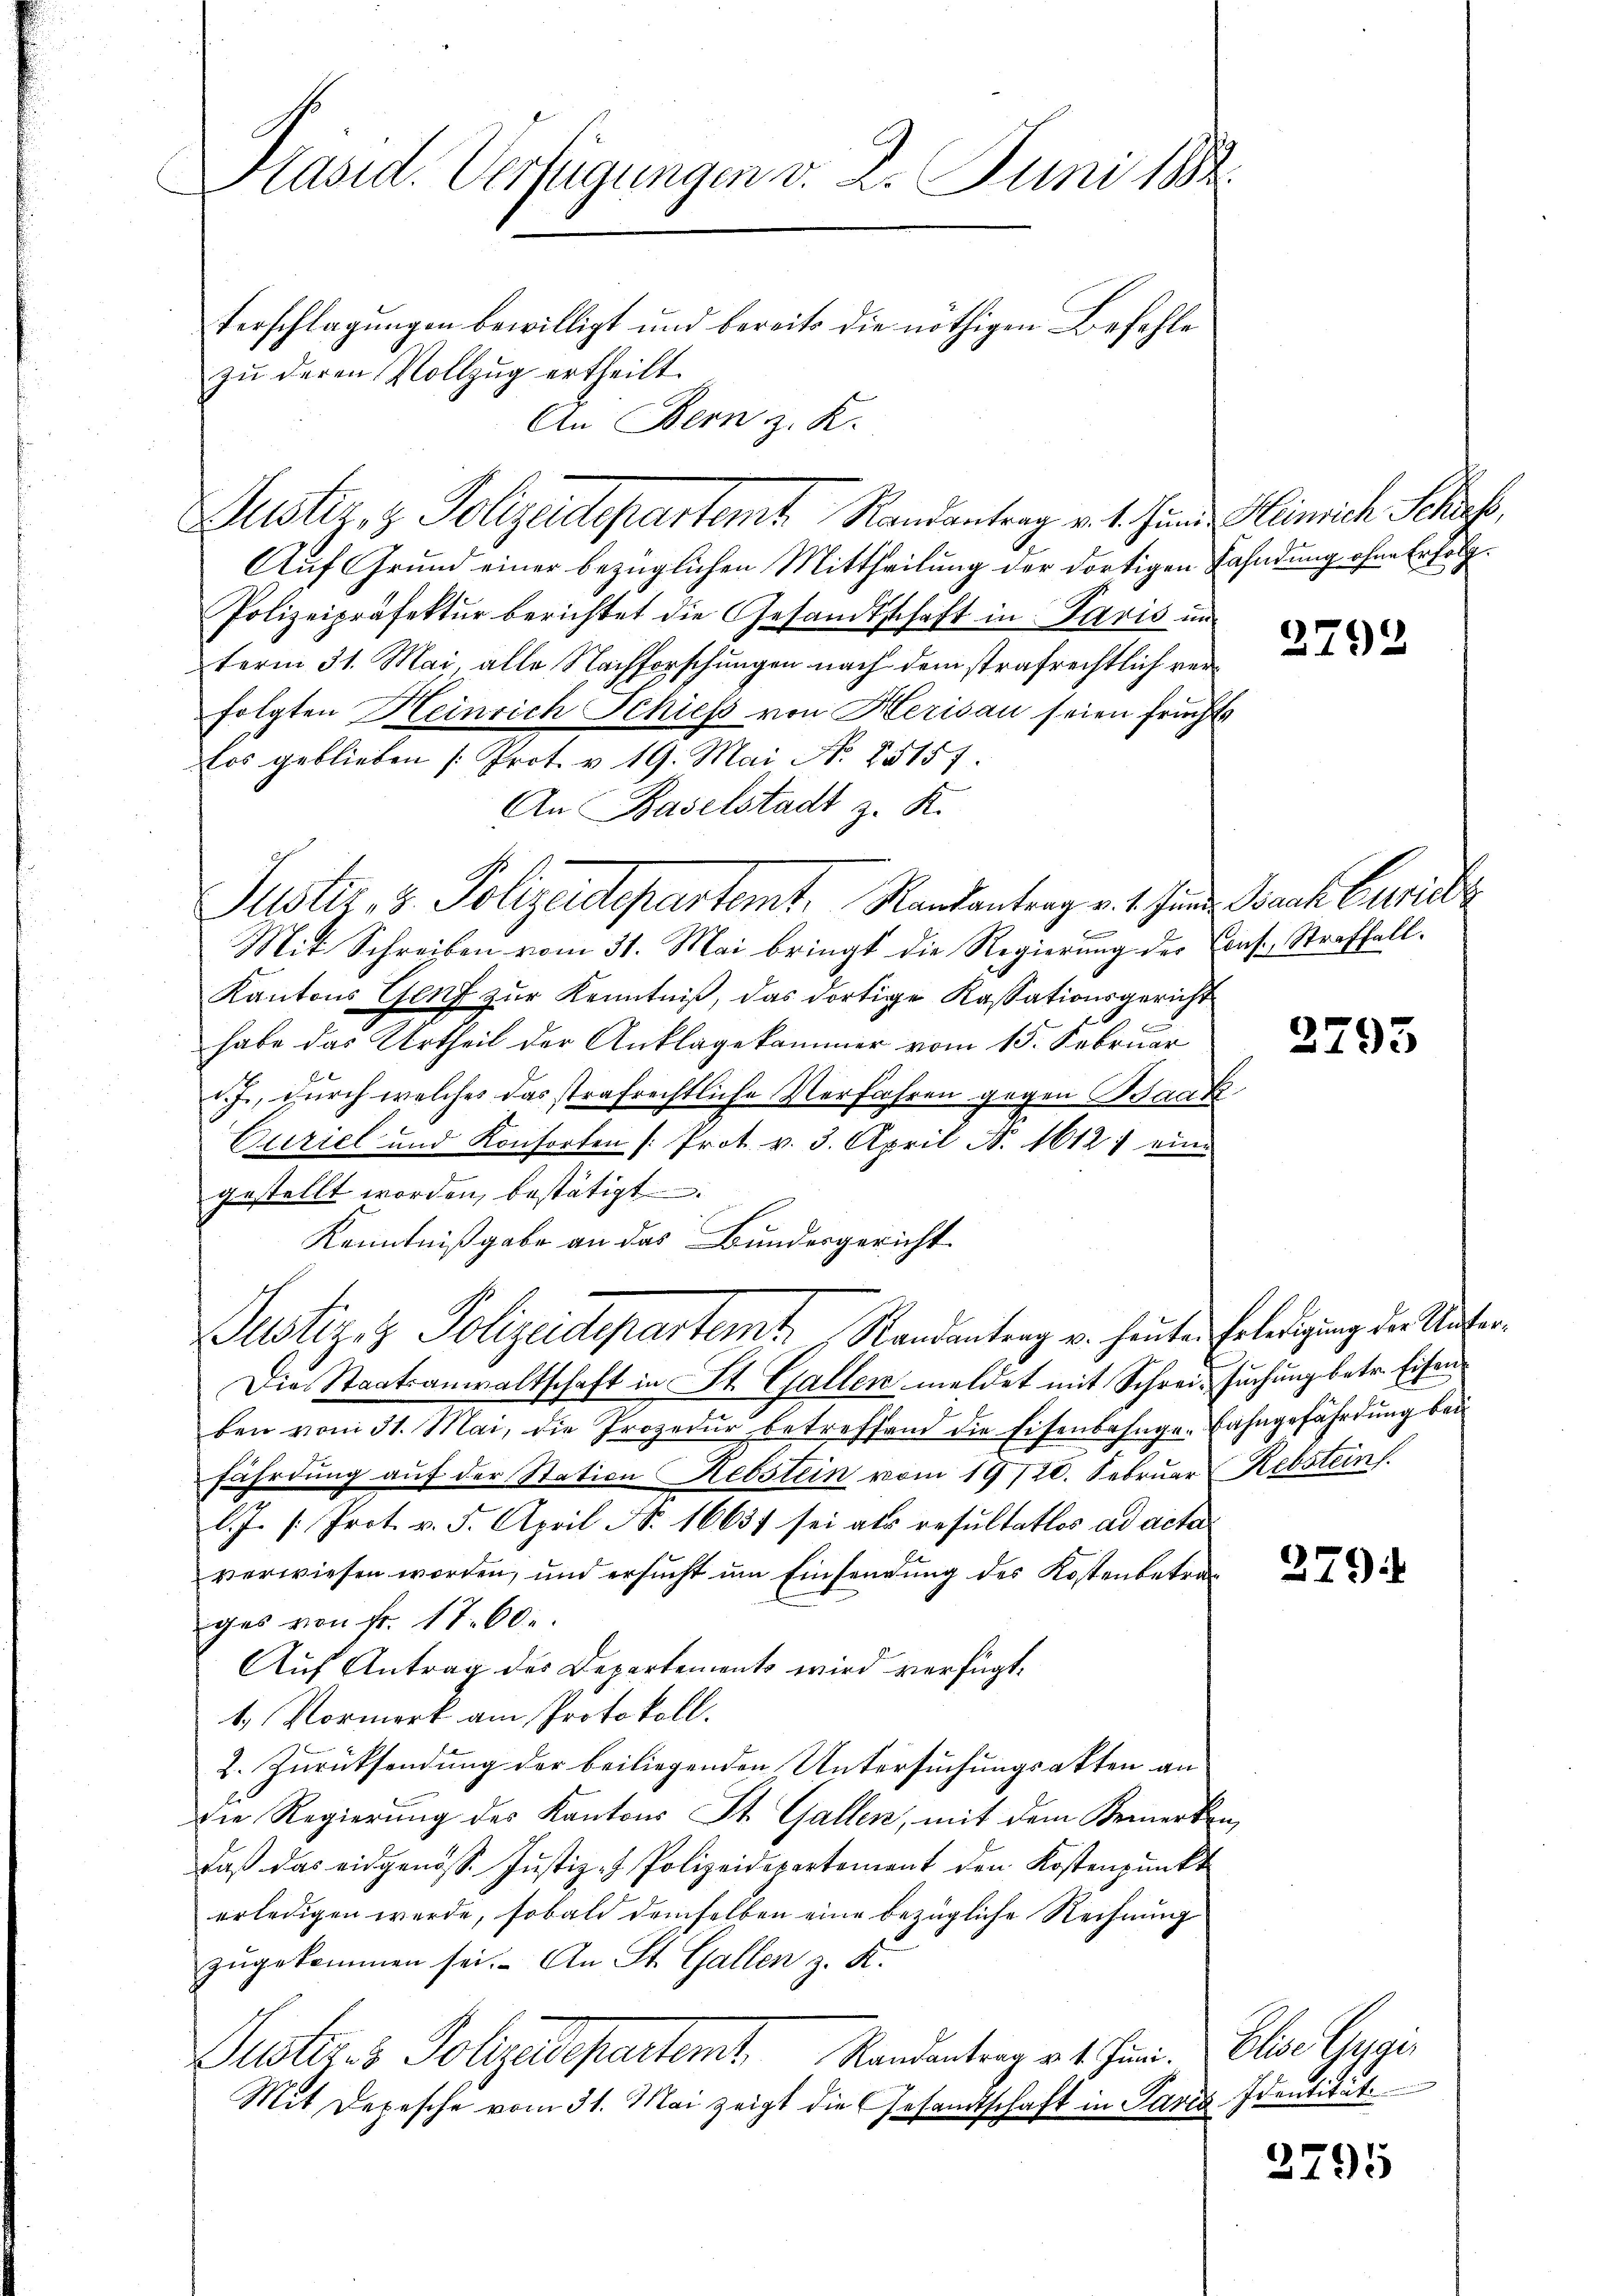
Pasid. Verfügungen v. 2. Juni 1884
Verschlagungen bewilligt und bereits die nöthigen Befehle
zŭ deren Vollzug ertheilt.
An Bern z. K.

Justiz- & Polizeidepartamt Randantrag v. 4. Juni Heinrich Schaf
Auf Grund einer bezüglichen Mittheilung der dortigen Fahndung ohne Erfolg¬
Polizeipräfektur berichtet die Gesandtschaft in Paris im
term 31. Mai. alle Nachforschungen nach dem strafrechtlich verfolgten Heinrich Schiess von Herisau seien frucht
los geblieben (Prot. v. 19. Mai N. 25157
An Baselstadt z. K.
Mit Schreiben vom 31. Mai bringt die Regierung der Cons. Straffall.
Kantons Genf zur Kenntniß, das dortige Kassationsgericht
habe das Urtheil der Anklage kammer vom 15. Februar
d., durch welches das strafrechtliche Verfahren gegen Baak
Curiel und Konsorten /: Prot. v. 3. April N. 1612) eine
gestellt worden, bestätigt.
Kenntnißgabe an das Bundesgericht.
Justiz & Polizeidepartemt. Randantrag u. heuten Erledigung der Unter¬
Die Staatsanwaltschaft in St. Gallen meldet mit Schrei- suchung betr. Eisenben vom 31. Mai, die Prozedur betreffend die Eisenbahnge-Bahngefährdung bei
fährdung aŭf der Station Hebstein vom 19/20. Februar Rebstein
l.J. /: Prot. v. 5. April N. 16651 sei als resultatlos ad acta
verwiesen worden, und ersucht um Einsendung des Kostenbetrag
ges von Fr. 17. 60.
Auf Antrag des Departements wird verfügt:
1.) Vormerk am Protokoll.
2. Zurücksendung der beiliegenden Untersuchungsakten an
Die Regierung des Kantons St. Gallen, mit dem Bemerken,
daβ das eidgenöss. Jŭstiz - Polizeidepartement den Kostenpŭnkt
erledigen werde, sobald demselben eine bezügliche Rechnung
zugekommen sei. An St. Gallen z. K.
Justiz- & Polizeidepartemt. Randantrag v. 4. Jan. Elias Gespi
Mit Depesche vom 31. Mai zeigt die Gesandtschaft in Paris Identität.

d
Justiz, 3. Polizeidepartemt. Randantrag v. 1. Jan. Bach Einrich

2792

2793

279

3795